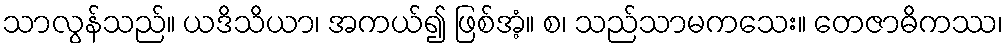
သာလွန်သည်။ ယဒိသိယာ၊ အကယ်၍ ဖြစ်အံ့။ စ၊ သည်သာမကသေး။ တေဇာဓိကဿ၊